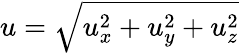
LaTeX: u=\sqrt{u_{x}^{2}+u_{y}^{2}+u_{z}^{2}}